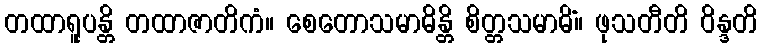
တထာရူပန္တိ တထာဇာတိကံ။ စေတောသမာဓိန္တိ စိတ္တသမာဓိံ။ ဖုသတီတိ ဝိန္ဒတိ